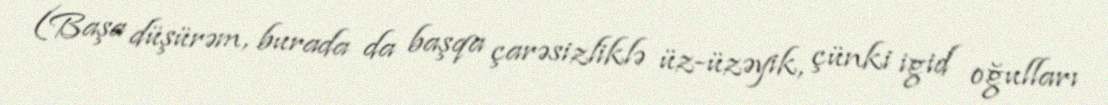
(Başa düşürəm, burada da başqa çarəsizliklə üz-üzəyik, çünki igid oğulları